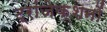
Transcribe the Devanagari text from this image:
ट्रांजेक्शनों